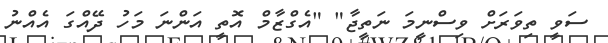
ސަވީ ތިވަރަށް ވިސްނީމަ ނަތީޖާ" "އެގްޒާމް އޮތީ އަންނަ މަހު ދޭއްގަ އެއްނު